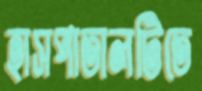
হাসপাতালটিতে